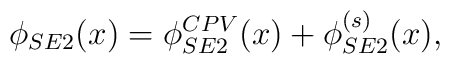
\phi_{SE2}(x)=\phi^{CPV}_{SE2}(x)+\phi^{(s)}_{SE2}(x),